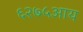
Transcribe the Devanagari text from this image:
६२७५आय